Medical and sanitary report of the native army of Bengal for the year
Year: 1874
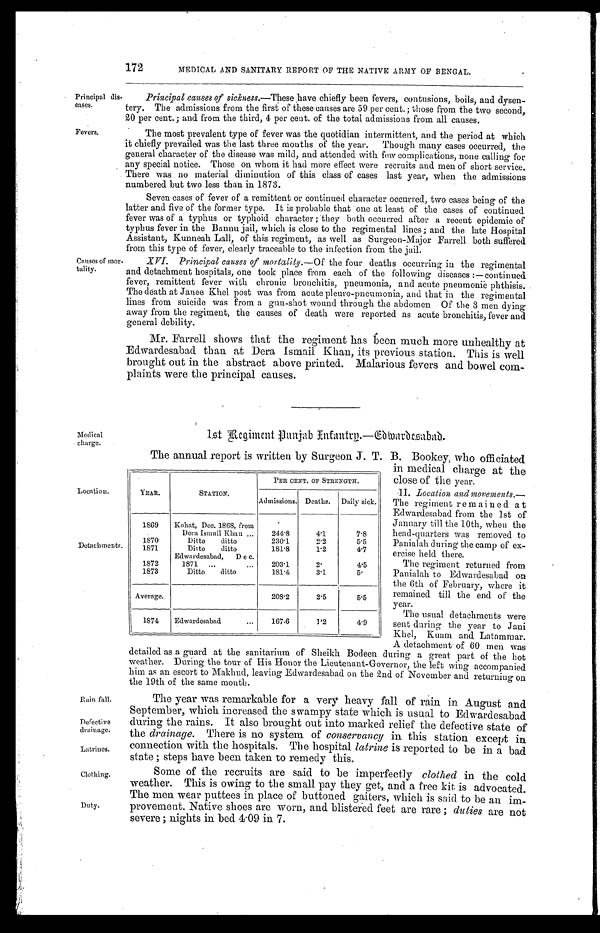
Principal dis-
eases.
Fevers.
Location.
Detachments.
Medical
charge.
Rain fall.
Defective
drainage.
Latrines.
Clothing.
Duty.
172
MEDICAL AND SANITARY REPORT OF THE NATIVE ARMY OF BENGAL.
Principal causes of sickness.- These have chiefly been fevers, contusions, boils, and dysen-
tery. The admissions from the first of these causes are 59 per cent.; those from the two second,
20 per cent. ; and from the third, 4 per cent. of the total admissions from all causes.
The most prevalent type of fever was the quotidian intermittent, and the period at which
it chiefly prevailed was the last three months of the year. Though many cases occurred, the
general character of the disease was mild, and attended with few complications, none calling for
any special notice. Those on whom it had more effect were recruits and men of short service.
There was no material diminution of this class of cases last year, when the admissions
numbered but two less than in 1873.
Seven cases of fever of a remittent or continued character occurred, two cases being of the
latter and five of the former type. It is probable that one at least of the cases of continued
fever was of a typhus or typhoid character ; 'they both occurred after a recent epidemic of
typhus fever in the Bannu jail, which is close to the regimental lines; and the late Hospital
Assistant, Kunneah Lall, of this regiment, as well as Surgeon-Major Farrell both suffered
from this type of fever, clearly traceable to the infection from the jail.
Causes of mor-
tality.
XVI. Principal causes of mortality. —Of the four deaths occurring in the regimental
and detachment hospitals, one took place from each of the following diseases :—continued
fever, remittent fever with chronic bronchitis, pneumonia, and acute pneumonic phthisis.
The death at Janee Khel post was from acute pleuro-pneumonia, and that in the regimental
lines from suicide was from a gun-shot wound through the abdomen Of the 3 men dying
away from the regiment, the causes of death were reported as acute bronchitis, fever and
general debility.
Mr. Farrell shows that the regiment has been much more unhealthy at
Edwardesabad than at Dera Ismail Khan, its previous station. This is well
brought out in the abstract above printed. Malarious fevers and bowel com-
-
plaints were the principal causes.
1st Regiment Punjab Infantry.—Edwardesabad.
The annual report is written by Surgeon J. T. B. Bookey, who officiated
in medical charge at the
close of the year.
II. Location and vements
:— The regiment remained at
Edwardesabad from the 1st of
January till the 10th, when the
head-quarters was removed to
Panialah during the camp of ex-
- ercise held there.
The regiment returned from
Panialah to Edwardesabad on
the 6th of February, where it
remained till the end of the
year.
The usual detachments were
sent during the year to Jani
Khel, Kuam and Latammar.
A detachment of 60 men was
detailed as a guard at the sanitarium of Sheikh Bodeen during a great part of the hot
weather. During the tour of His Honor the Lieutenant-Governor, the left wing accompanied
him as an escort to Makhud, leaving Edwardesabad on the 2nd of November and returning on
the 19th of the same month.
The year was remarkable for a very heavy fall of rain in August and
September, which increased the swampy state which is usual to Edwardesabad
during the rains. It also brought out into marked relief the defective state of
the drainage . There is no system of conservancy in this station except in
connection with the hospitals. The hospital latrine is reported to be in a bad
state steps ;have been taken to remedy this.
Some of the recruits are said to be imperfectly clothed in the cold
weather. This is owing to the small pay they get, and a free kit is advocated.
The men wear puttees in place of buttoned gaiters, which is said to be an im-
provement. Native shoes are worn, and blidtered feet are rare; duties are not
sever; nights in bed 4.09 in 7.
YEAR.
STATION.
PER CENT. OF STRENGTH.
Admissions. Deaths. Daily sick.
1869 Kohat, Dec. 1868, from
Dera Ismail Khan ...
244.8
4.1
7.8
1870
Ditto ditto
230.1
2.2
5.5
1871
Ditto ditto
181.8
1.2
4.7
Edwardesabad, D e c.
1872
1871 ...
...
203.1
2.
4.5
1873
Ditto ditto
181.4
3.1
5.
Average.
208.2
2.5
5.5
1874 Edwardesabad
...
167.6
1.2
4.9